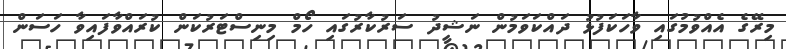
މިރޭގެ އެއްވުމުގައި ވާހަކަފުޅު ދައްކަވަމުން ނަޝީދު ސަރުކާރުގައި ހޯމް މިނިސްޓަރުކަން ކުރައްވާފައިވާ ހަސަން